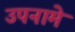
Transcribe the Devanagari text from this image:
उपनामे